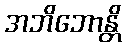
အဘိဘောန္တိ